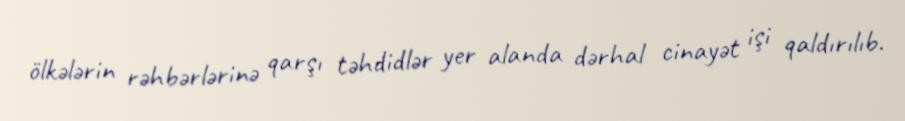
ölkələrin rəhbərlərinə qarşı təhdidlər yer alanda dərhal cinayət işi qaldırılıb.